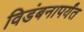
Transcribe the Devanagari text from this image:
विडंबनापर्यंत